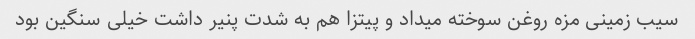
سیب زمینی مزه روغن سوخته میداد و پیتزا هم به شدت پنیر داشت خیلی سنگین بود